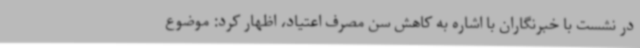
در نشست با خبرنگاران با اشاره به کاهش سن مصرف اعتیاد، اظهار کرد: موضوع